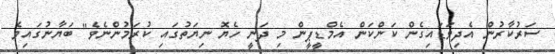
ސަރުކާރުން އެދިވަޑައިގެން ކަންކަން އެމްޑީޕީން މި ދަނީ ހެޔޮ ނިޔަތުގައި ކުރަމުންނެވެ" ބަޔާނުގައިވެ